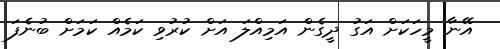
އޭނާ މީހަކަށް އަގު ދީގެން އަމިއްލަ އަށް ކުރުވި ކަމެއް ކަމަށް ބުނެފަ